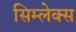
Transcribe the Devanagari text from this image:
सिम्लेक्स